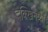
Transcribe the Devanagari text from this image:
दक्खिनेय्यो